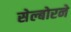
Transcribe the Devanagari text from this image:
सेल्बोरने